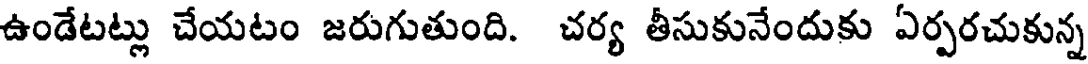
ఉండేటట్లు చేయటం జరుగుతుంది. చర్య తీసుకునేందుకు ఏర్పరచుకున్న